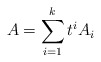
\begin{align*}A = \sum_{i=1}^k t^iA_i\end{align*}